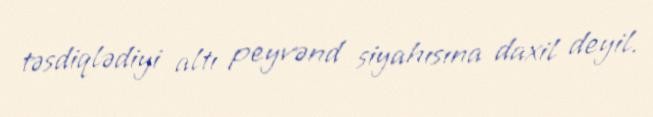
təsdiqlədiyi altı peyvənd siyahısına daxil deyil.